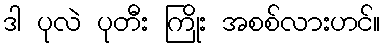
ဒါ ပုလဲ ပုတီး ကြိုး အစစ်လားဟင်။